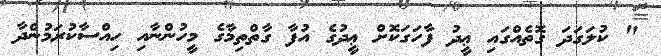
" ކުލަގަދަ ގޮތެއްގައި ޢީދު ފާހަގަކޮށް ޢީދުގެ އުފާ ގާތްތިމާގެ މީހުންނާއި ހިއްސާކުރަމުންދާ